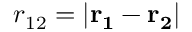
r _ { 1 2 } = | \mathbf { r _ { 1 } } - \mathbf { r _ { 2 } } |